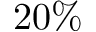
2 0 \%